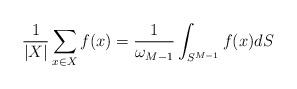
LaTeX: \begin{align*}\frac{1}{|X|}\sum_{x\in X}f(x)=\frac{1}{\omega_{M-1}}\int_{S^{M-1}}f(x)dS\end{align*}